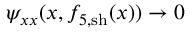
\psi _ { x x } ( x , f _ { 5 , \mathrm { s h } } ( x ) ) \to 0